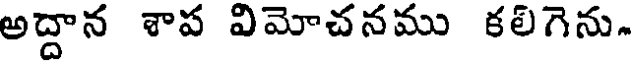
అద్దాన శాప విమోచనము కలిగెను.